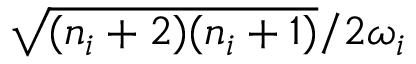
{ \sqrt { ( n _ { i } + 2 ) ( n _ { i } + 1 ) } } / { 2 \omega _ { i } }